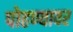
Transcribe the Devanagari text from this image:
पोहण्यावर